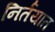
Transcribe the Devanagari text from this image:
निर्तयात